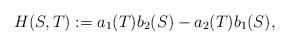
LaTeX: \begin{align*}H(S,T):=a_1(T)b_2(S)-a_2(T)b_1(S),\end{align*}